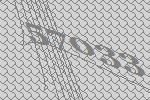
57033